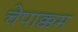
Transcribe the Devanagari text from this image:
चेपाक्कम